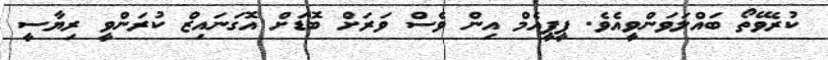
ކުރެވޭތޯ ބައްލަވަންވީއެވެ. ޕީޕީއެމް އިން ވެސް ވަރަށް ބޮޑަށް އޮގަނައިޒް ކުރަންވީ ރިޔާސީ